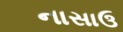
નાસાઉ